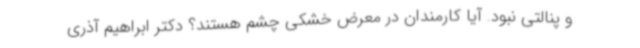
و پنالتی نبود. آیا کارمندان در معرض خشکی چشم هستند؟ دکتر ابراهیم آذری